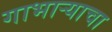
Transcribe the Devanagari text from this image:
गाभाऱ्याचा